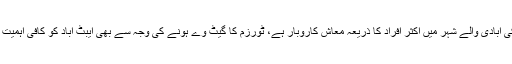
ایک لاکھ کی آبادی والے شہر میں اکثر افراد کا ذریعہ معاش کاروبار ہے، ٹورزم کا گیٹ وے ہونے کی وجہ سے بھی ایبٹ آباد کو کافی اہمیت حاصل ہے۔